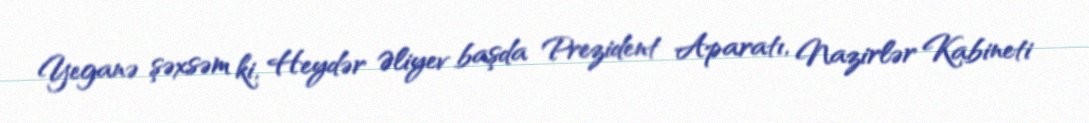
Yeganə şəxsəm ki, Heydər Əliyev başda Prezident Aparatı, Nazirlər Kabineti